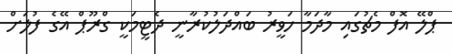
ޕްލޭ އޮފް މެޗުގައި މާދަމާ ހަވީރު ބައްދަލުކުރާނީ ދެޓީމަކީ ގްރޫޕް އޭގެ ފުލަށް